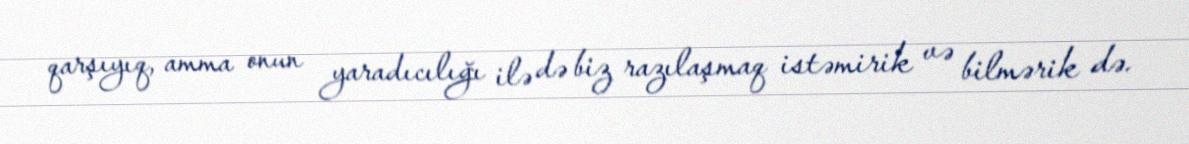
qarşıyıq, amma onun yaradıcılığı ilə də biz razılaşmaq istəmirik və bilmərik də.